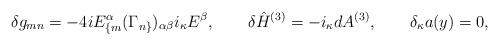
LaTeX: \begin{align*}\delta g_{mn}=-4iE_{\{m}^\alpha (\Gamma_{n\}})_{\alpha\beta}i_\kappa E^\beta,\qquad \delta \hat H^{(3)}=-i_\kappa dA^{(3)},\qquad \delta_\kappa a(y)=0,\end{align*}